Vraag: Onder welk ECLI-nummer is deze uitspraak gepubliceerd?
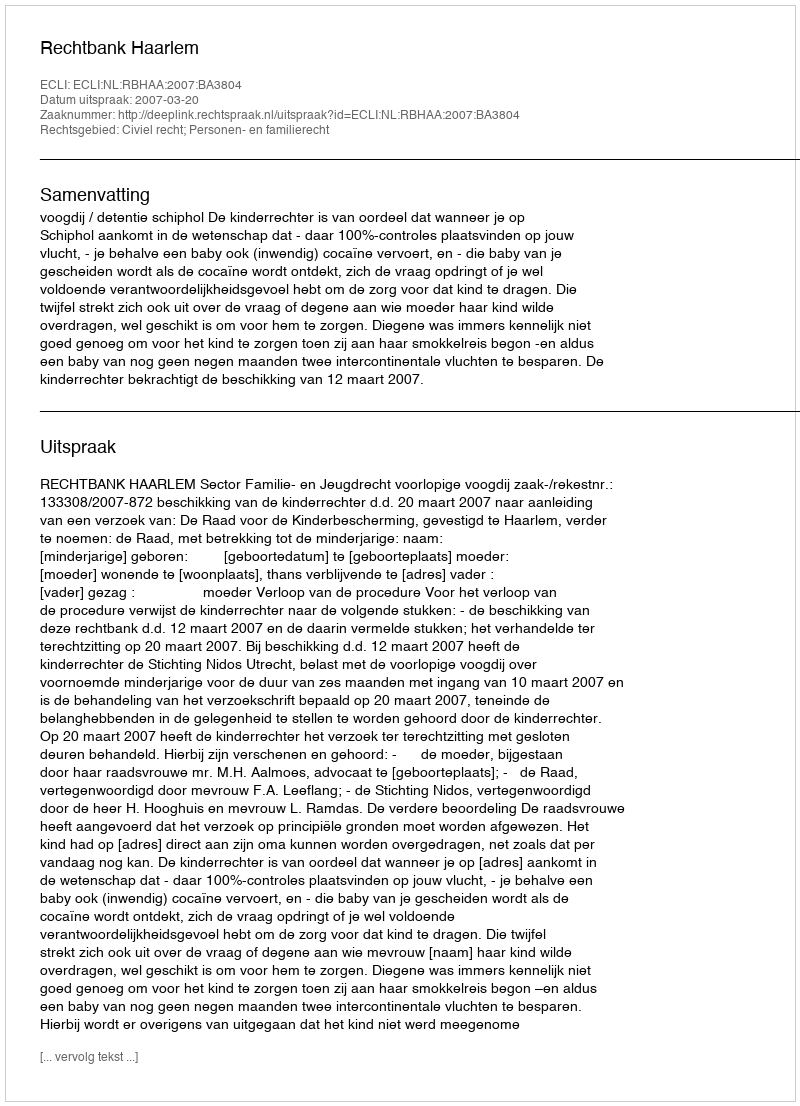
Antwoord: ECLI:NL:RBHAA:2007:BA3804